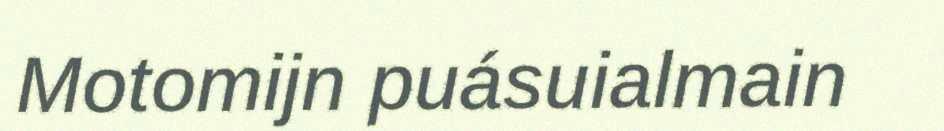
Motomijn puásuialmain